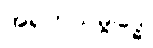
အရဟသမ္ဗုဒ္ဓေါ